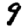
Digit: 9